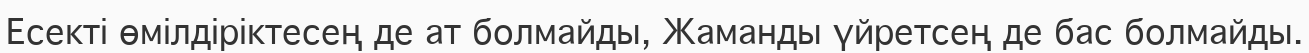
Есекті өмілдіріктесең де ат болмайды, Жаманды үйретсең де бас болмайды.